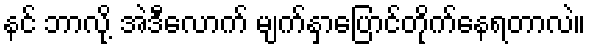
နင် ဘာလို့ အဲဒီလောက် မျက်နှာပြောင်တိုက်နေရတာလဲ။